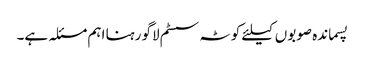
پسماندہ صوبوں کیلئے کوٹہ سسٹم لاگو رہنا اہم مسئلہ ہے۔